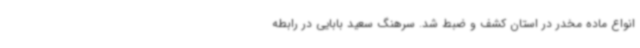
انواع ماده مخدر در استان کشف و ضبط شد. سرهنگ سعید بابایی در رابطه